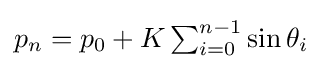
{\textstyle p_{n}=p_{0}+K\sum _{i=0}^{n-1}\sin \theta _{i}}